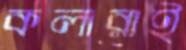
কলারাই